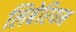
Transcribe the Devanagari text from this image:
लिबेरियम